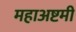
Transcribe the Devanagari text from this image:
महाअष्टमी